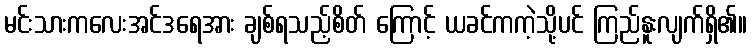
မင်းသားကလေးအင်ဒရေအား ချစ်ရသည့်စိတ် ကြောင့် ယခင်ကကဲ့သို့ပင် ကြည်နူးလျက်ရှိ၏။